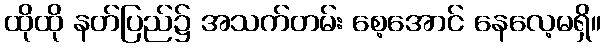
ထိုထို နတ်ပြည်၌ အသက်တမ်း စေ့အောင် နေလေ့မရှိ။